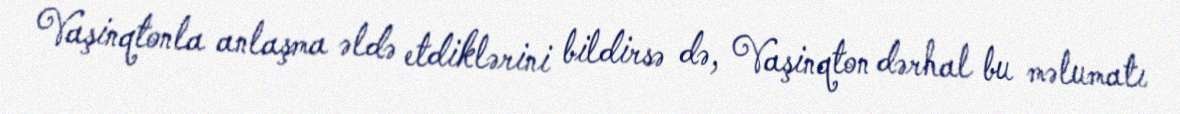
Vaşinqtonla anlaşma əldə etdiklərini bildirsə də, Vaşinqton dərhal bu məlumatı